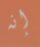
إنه